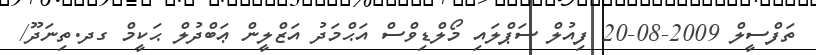
ތަފްސީލް 2009-08-20 ފިއުލް ސަޕްލައި މޯލްޑިވްސް އަޙްމަދު އަޒްލީން ޢަބްދުލް ޙަކީމް ގދ.ތިނަދޫ/